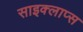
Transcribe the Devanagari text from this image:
साइक्लाप्स